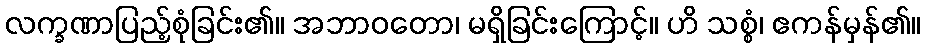
လက္ခဏာပြည့်စုံခြင်း၏။ အဘာဝတော၊ မရှိခြင်းကြောင့်။ ဟိ သစ္စံ၊ ဧကန်မှန်၏။